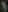
1